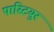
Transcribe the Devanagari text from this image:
पास्टियुर